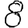
Digit: 8